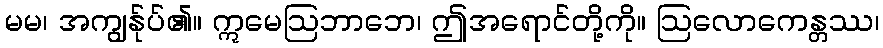
မမ၊ အကျွန်ုပ်၏။ ဣမေဩဘာဘေ၊ ဤအရောင်တို့ကို။ ဩလောကေန္တဿ၊